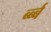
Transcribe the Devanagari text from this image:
र्ब्ब्ब